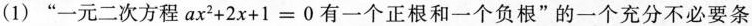
(1)”一元二次方程$$ax^{2}+2x+1=0$$有一个正根和一个负根”的一个充分不必要条